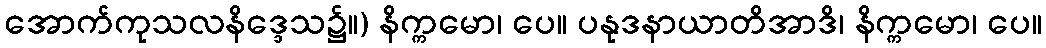
အောက်ကုသလနိဒ္ဒေသ၌။) နိက္ကမော၊ ပေ။ ပနုဒနာယာတိအာဒိ၊ နိက္ကမော၊ ပေ။